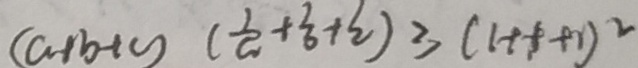
( a + b + c ) ( \frac { 1 } { a } + \frac { 1 } { b } + \frac { 1 } { c } ) \geqslant ( 1 + 1 + 1 ) ^ { 2 }